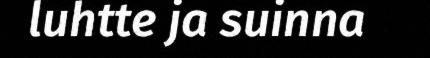
luhtte ja suinna